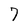
Character: 7